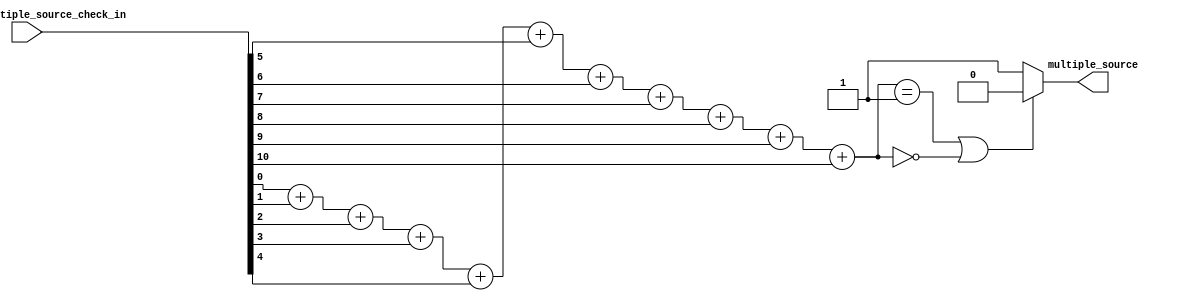
module Multiple_source_check (pre_addr_Multiple_source_check_in, multiple_source);
  
    parameter word_num = 16;
    parameter word_num_bit = 4;
    parameter p_size = 32;
    parameter POS_num = 11;
    parameter POS_num_bit = 4;
  
  input [POS_num - 1:0] pre_addr_Multiple_source_check_in;
  output multiple_source;
  
  reg [POS_num_bit-1:0] x;
 
assign multiple_source = (x == 1 || x == 0) ? 0 : 1;

always @(*) begin
    x <= pre_addr_Multiple_source_check_in[0] + pre_addr_Multiple_source_check_in[1] + 
                      pre_addr_Multiple_source_check_in[2] + pre_addr_Multiple_source_check_in[3] + 
                      pre_addr_Multiple_source_check_in[4] + pre_addr_Multiple_source_check_in[5] + 
                      pre_addr_Multiple_source_check_in[6] + pre_addr_Multiple_source_check_in[7] + 
                      pre_addr_Multiple_source_check_in[8] + pre_addr_Multiple_source_check_in[9] +  
                      pre_addr_Multiple_source_check_in[10];
end
endmodule